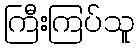
ကြီးကြပ်သူ